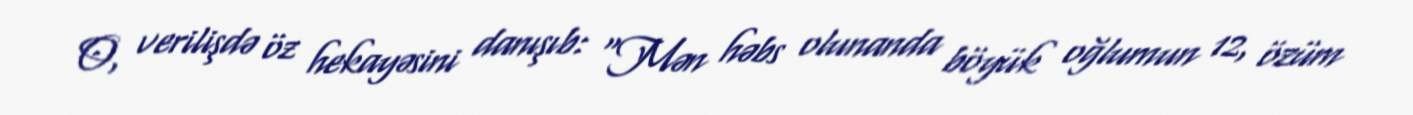
O, verilişdə öz hekayəsini danışıb: "Mən həbs olunanda böyük oğlumun 12, özüm